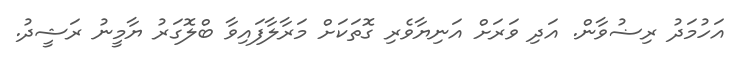
އަހުމަދު ރިޟުވާން. އަދި ވަރަށް އަނިޔާވެރި ގޮތަކަށް މަރާލާފައިވާ ބްލޮގަރު ޔާމީނު ރަޝީދު.